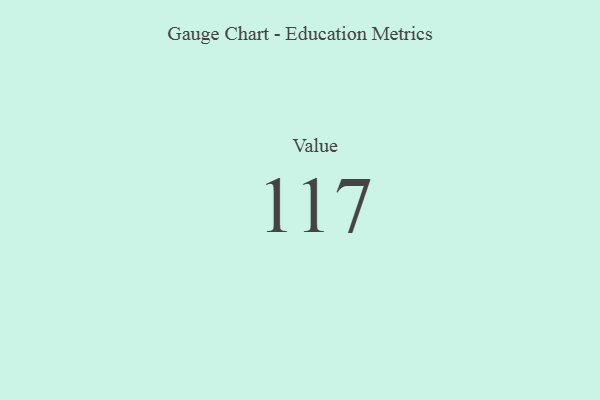
{"axis": {"x": "Metric", "y": "Value"}, "legend": [""], "data": [{"x": "Value", "y": 117, "type": ""}]}